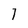
Character: 7